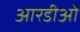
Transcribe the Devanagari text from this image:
आरडीओ